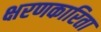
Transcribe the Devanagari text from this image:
क्षरणकारिता